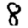
Digit: 8